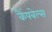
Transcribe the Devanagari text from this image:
कैंपबेल्स